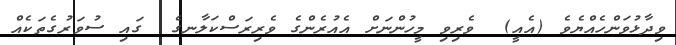
ވިދާޅުވަންހެއްޔެވެ (އެއީ)  ވެރިވި މީހުންނަށް އެއުރެންގެ ވެރިރަސްކަލާނގެ  ގައި ސުވަރުގެތަކެއް